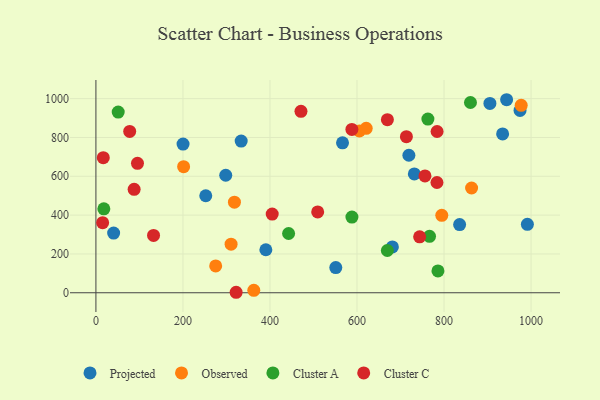
{"axis": {"x": "Speed", "y": "Salary"}, "legend": ["Cluster A", "Cluster C", "Observed", "Projected"], "data": [{"x": "905.4", "y": 975.4, "type": "Projected"}, {"x": "390.5", "y": 221.6, "type": "Projected"}, {"x": "835.8", "y": 351.3, "type": "Projected"}, {"x": "974.6", "y": 939.5, "type": "Projected"}, {"x": "333.8", "y": 781.2, "type": "Projected"}, {"x": "681.3", "y": 236.3, "type": "Projected"}, {"x": "934.6", "y": 818.2, "type": "Projected"}, {"x": "731.7", "y": 612.2, "type": "Projected"}, {"x": "252.4", "y": 499.7, "type": "Projected"}, {"x": "298.3", "y": 605.3, "type": "Projected"}, {"x": "991.5", "y": 352.5, "type": "Projected"}, {"x": "200.2", "y": 766.1, "type": "Projected"}, {"x": "551.2", "y": 129.5, "type": "Projected"}, {"x": "566.7", "y": 772.6, "type": "Projected"}, {"x": "40.7", "y": 307.7, "type": "Projected"}, {"x": "719.2", "y": 708.4, "type": "Projected"}, {"x": "943.8", "y": 994.4, "type": "Projected"}, {"x": "977.3", "y": 965.8, "type": "Observed"}, {"x": "605.5", "y": 833.4, "type": "Observed"}, {"x": "318.3", "y": 466.5, "type": "Observed"}, {"x": "621.1", "y": 847.3, "type": "Observed"}, {"x": "863.3", "y": 539.6, "type": "Observed"}, {"x": "362.8", "y": 12.3, "type": "Observed"}, {"x": "794.8", "y": 399.1, "type": "Observed"}, {"x": "275.2", "y": 138.3, "type": "Observed"}, {"x": "201.5", "y": 649.6, "type": "Observed"}, {"x": "310.6", "y": 250.4, "type": "Observed"}, {"x": "860.7", "y": 980.0, "type": "Cluster A"}, {"x": "766.6", "y": 290.8, "type": "Cluster A"}, {"x": "786.0", "y": 112.5, "type": "Cluster A"}, {"x": "588.3", "y": 390.0, "type": "Cluster A"}, {"x": "18.2", "y": 432.3, "type": "Cluster A"}, {"x": "762.9", "y": 894.8, "type": "Cluster A"}, {"x": "669.7", "y": 217.7, "type": "Cluster A"}, {"x": "51.2", "y": 930.8, "type": "Cluster A"}, {"x": "442.8", "y": 305.2, "type": "Cluster A"}, {"x": "713.5", "y": 803.9, "type": "Cluster C"}, {"x": "77.6", "y": 831.1, "type": "Cluster C"}, {"x": "743.9", "y": 287.9, "type": "Cluster C"}, {"x": "15.4", "y": 361.0, "type": "Cluster C"}, {"x": "784.0", "y": 830.7, "type": "Cluster C"}, {"x": "471.2", "y": 934.8, "type": "Cluster C"}, {"x": "509.6", "y": 416.2, "type": "Cluster C"}, {"x": "783.7", "y": 567.9, "type": "Cluster C"}, {"x": "756.2", "y": 601.9, "type": "Cluster C"}, {"x": "322.2", "y": 2.5, "type": "Cluster C"}, {"x": "16.9", "y": 695.7, "type": "Cluster C"}, {"x": "405.1", "y": 405.5, "type": "Cluster C"}, {"x": "132.4", "y": 295.6, "type": "Cluster C"}, {"x": "87.8", "y": 532.8, "type": "Cluster C"}, {"x": "95.5", "y": 666.6, "type": "Cluster C"}, {"x": "669.8", "y": 891.7, "type": "Cluster C"}, {"x": "588.2", "y": 841.4, "type": "Cluster C"}]}